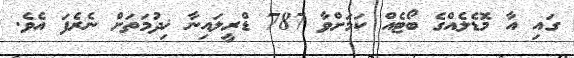
ގައި އާ މޮޑެލެއްގެ ބޯޓެއް ކަމަށްވާ 787 ޑްރީލައިނާ ޚިދުމަތަށް ނެރެފަ އެވެ.